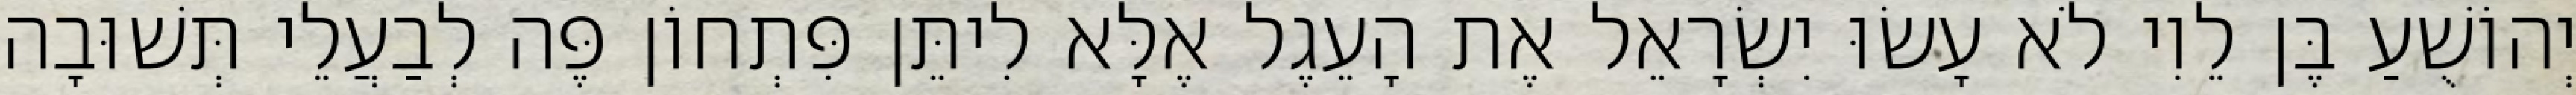
יְהוֹשֻׁעַ בֶּן לֵוִי לֹא עָשׂוּ יִשְׂרָאֵל אֶת הָעֵגֶל אֶלָּא לִיתֵּן פִּתְחוֹן פֶּה לְבַעֲלֵי תְּשׁוּבָה